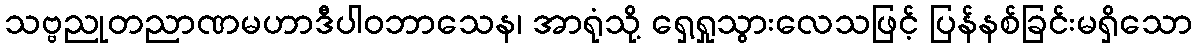
သဗ္ဗညုတညာဏမဟာဒီပါဝဘာသေန၊ အာရုံသို့ ရှေ့ရှုသွားလေသဖြင့် ပြန်နစ်ခြင်းမရှိသော